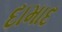
દામાદ